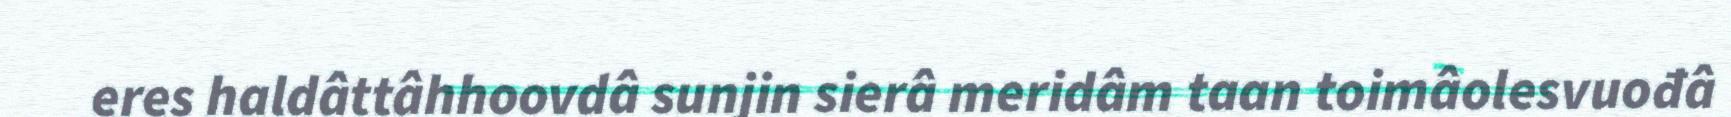
eres haldâttâhhoovdâ sunjin sierâ meridâm taan toimâolesvuođâ